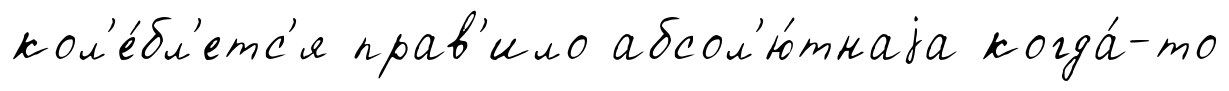
кол'е́бл'етс'я прав'ило абсол'ю́тнаjа когда́-то